system: You are a helpful assistant.
user:
Analyze the provided spectrum to determine if it is a **S-type Star**.

- **Key Indicators for S-type Star:**

    - **(Overall Spectrum Shape):** The first and most obvious characteristic is the overall continuum (the "baseline" shape). It is **extremely "red-sloping,"** meaning the flux (light intensity) is very low on the left side (blue, ~4000-4500 Å) and rises steeply and continuously toward the right side (red, ~7000 Å+).

    - **(Primary):** The spectrum is defined by the presence of strong, broad molecular absorption "valleys" (bands) from **Zirconium Oxide (ZrO)**. The identification of these bands is the **primary requirement** for classifying a star as S-type.
        - **(Key Bandheads):** You must find distinct, deep "dips" where the light has been absorbed. The most critical band systems to locate are:
            - **~6474 Å** ($\gamma$-system): This is often the strongest and clearest ZrO feature, found in the red part of the spectrum.
            - **~5718 Å** & **~5551 Å** ($\beta$-system): A pair of prominent absorption features in the yellow-orange part of the spectrum.
            - **~4640 Å** ($\alpha$-system): A key absorption band system in the blue-green region of the spectrum.

    - **(Secondary Confirmation):** The classification is strengthened by finding additional absorption bands from other related heavy element oxides, which are expected to be present alongside ZrO.
        - **(Key Bandheads):**
            - **Yttrium Oxide (YO):** Look for absorption dips near **~4800 Å** and **~6100 Å**.
            - **Lanthanum Oxide (LaO):** Additional absorption features, particularly in the red-orange part of the spectrum, are also characteristic.

    - **(Line Profile):** The combination of the steep red continuum and these numerous, deep molecular bands (ZrO, YO, etc.) gives the entire spectrum a very **"chopped-up"** or **"bumpy"** appearance. Instead of a smooth curve, the spectrum looks as though large, wide chunks of light have been "carved out" of it at the specific wavelengths listed above.

Think first, call **spectral_visualization_tool** if needed to examine features in detail, then provide your final answer. Your response must adhere to the following strict rules:
1.  **Overall Structure:** Your response must follow the format `<think>...</think> <tool_call>...</tool_call> (if a tool is used) <answer>...</answer>`.
2.  **Tool Usage Constraint:** You may only make **one** tool call per turn.
3.  **Final Answer Format:** In the `<answer>` tag, your conclusion must be inside a `\boxed{}` command (e.g., `\boxed{YES}` or `\boxed{NO}`), followed by your justification.

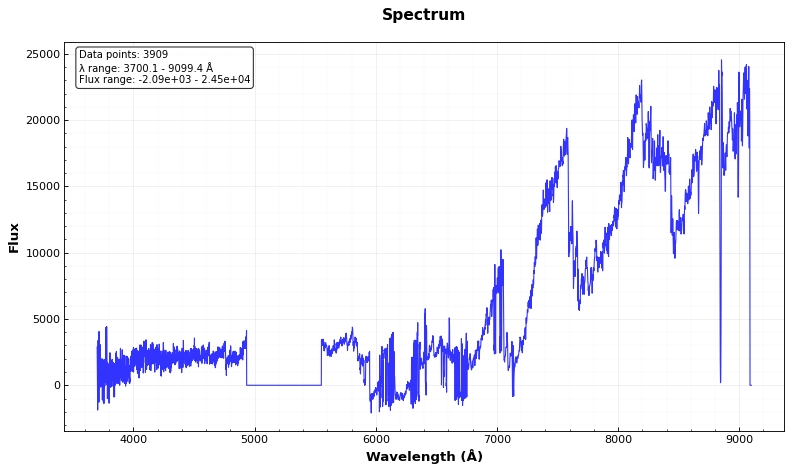
Answer: YES